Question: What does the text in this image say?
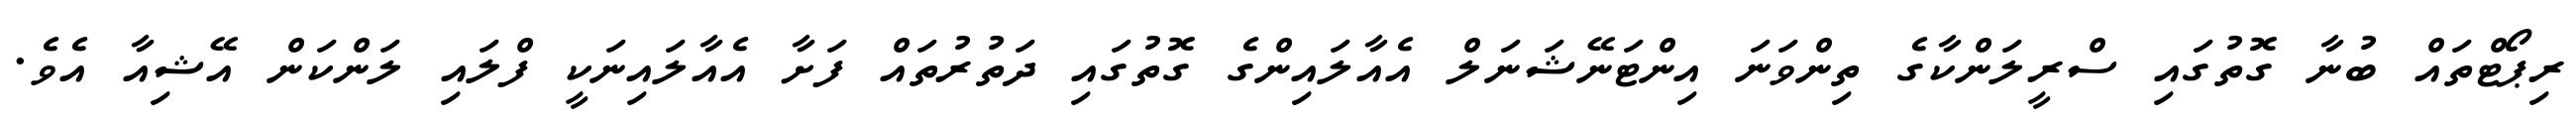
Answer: ރިޕޯޓްތައް ބުނާ ގޮތުގައި ސްރީލަންކާގެ ތިންވަނަ އިންޓަނޭޝަނަލް އެއާލައިންގެ ގޮތުގައި ދަތުރުތައް ފަށާ އެއާލައިނަކީ ފްލައި ލަންކަން އޭޝިއާ އެވެ.